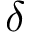
\delta